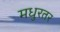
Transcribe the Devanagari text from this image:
मधुरतर